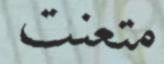
متعنت